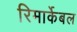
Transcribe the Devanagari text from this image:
रिमार्केबल